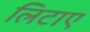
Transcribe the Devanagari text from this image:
लिटाए